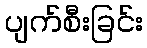
ပျက်စီးခြင်း